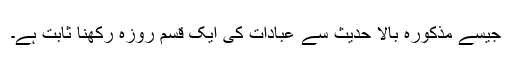
جیسے مذکورہ بالا حدیث سے عبادات کی ایک قسم روزہ رکھنا ثابت ہے۔